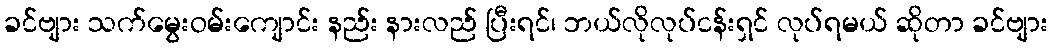
ခင်ဗျား သက်မွေးဝမ်းကျောင်း နည်း နားလည် ပြီးရင်၊ ဘယ်လိုလုပ်ငန်းရှင် လုပ်ရမယ် ဆိုတာ ခင်ဗျား